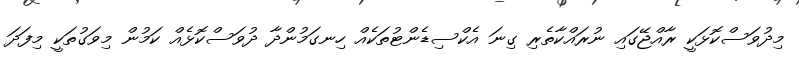
މިދުވަސްކޮޅަކީ ރާއްޖޭގައި ނުރައްކާތެރި ގިނަ އެކްސިޑެންޓުތަކެއް ހިނގަމުންދާ ދުވަސްކޮޅެއް ކަމުން މިވަގުތަކީ މިފަދަ